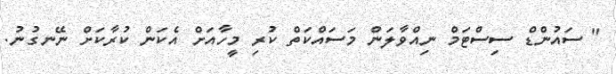
" ސައުންޑް ސިސްޓަމް ނިއްވާލަން މަސައްކަތް ކުރި މީހާއަށް އެކަން ކުރާކަށް ނޭނގުނު.